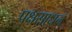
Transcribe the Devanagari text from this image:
पक्षसाधन